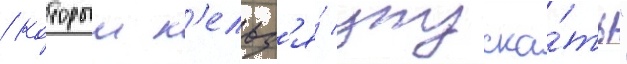
/ которыи н'ельз'я́ упуска́ть"